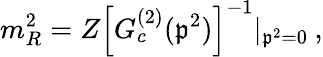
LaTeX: m_{R}^{2}=Z\left[G_{c}^{(2)}(\mathfrak{p}^{2})\right]^{-1}|_{\mathfrak{p}^{2}=0}\: ,